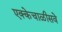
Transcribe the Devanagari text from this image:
एक्केचाळीसवे